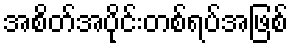
အစိတ်အပိုင်းတစ်ရပ်အဖြစ်